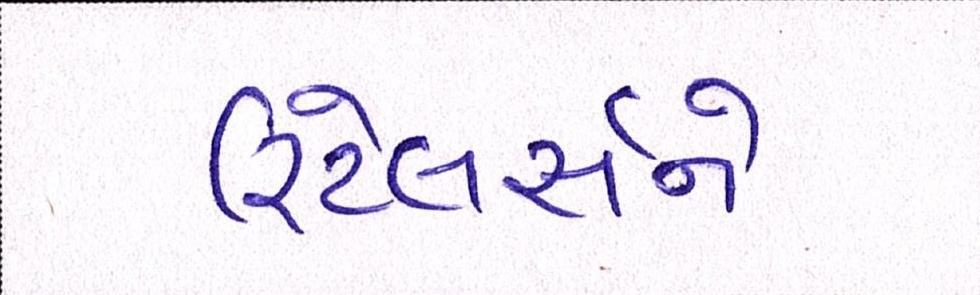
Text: રિટેલર્સને